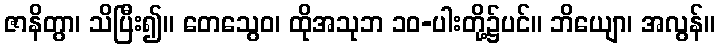
ဇာနိတွာ၊ သိပြီး၍။ တေသွေဝ၊ ထိုအသုဘ ၁၀-ပါးတို့၌ပင်။ ဘိယျော၊ အလွန်။